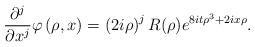
LaTeX: \begin{align*}\frac{\partial^{j}}{\partial x^{j}}\varphi\left( \rho,x\right) =\left(2i\rho\right) ^{j}R(\rho)e^{8it\rho^{3}+2ix\rho}. \end{align*}